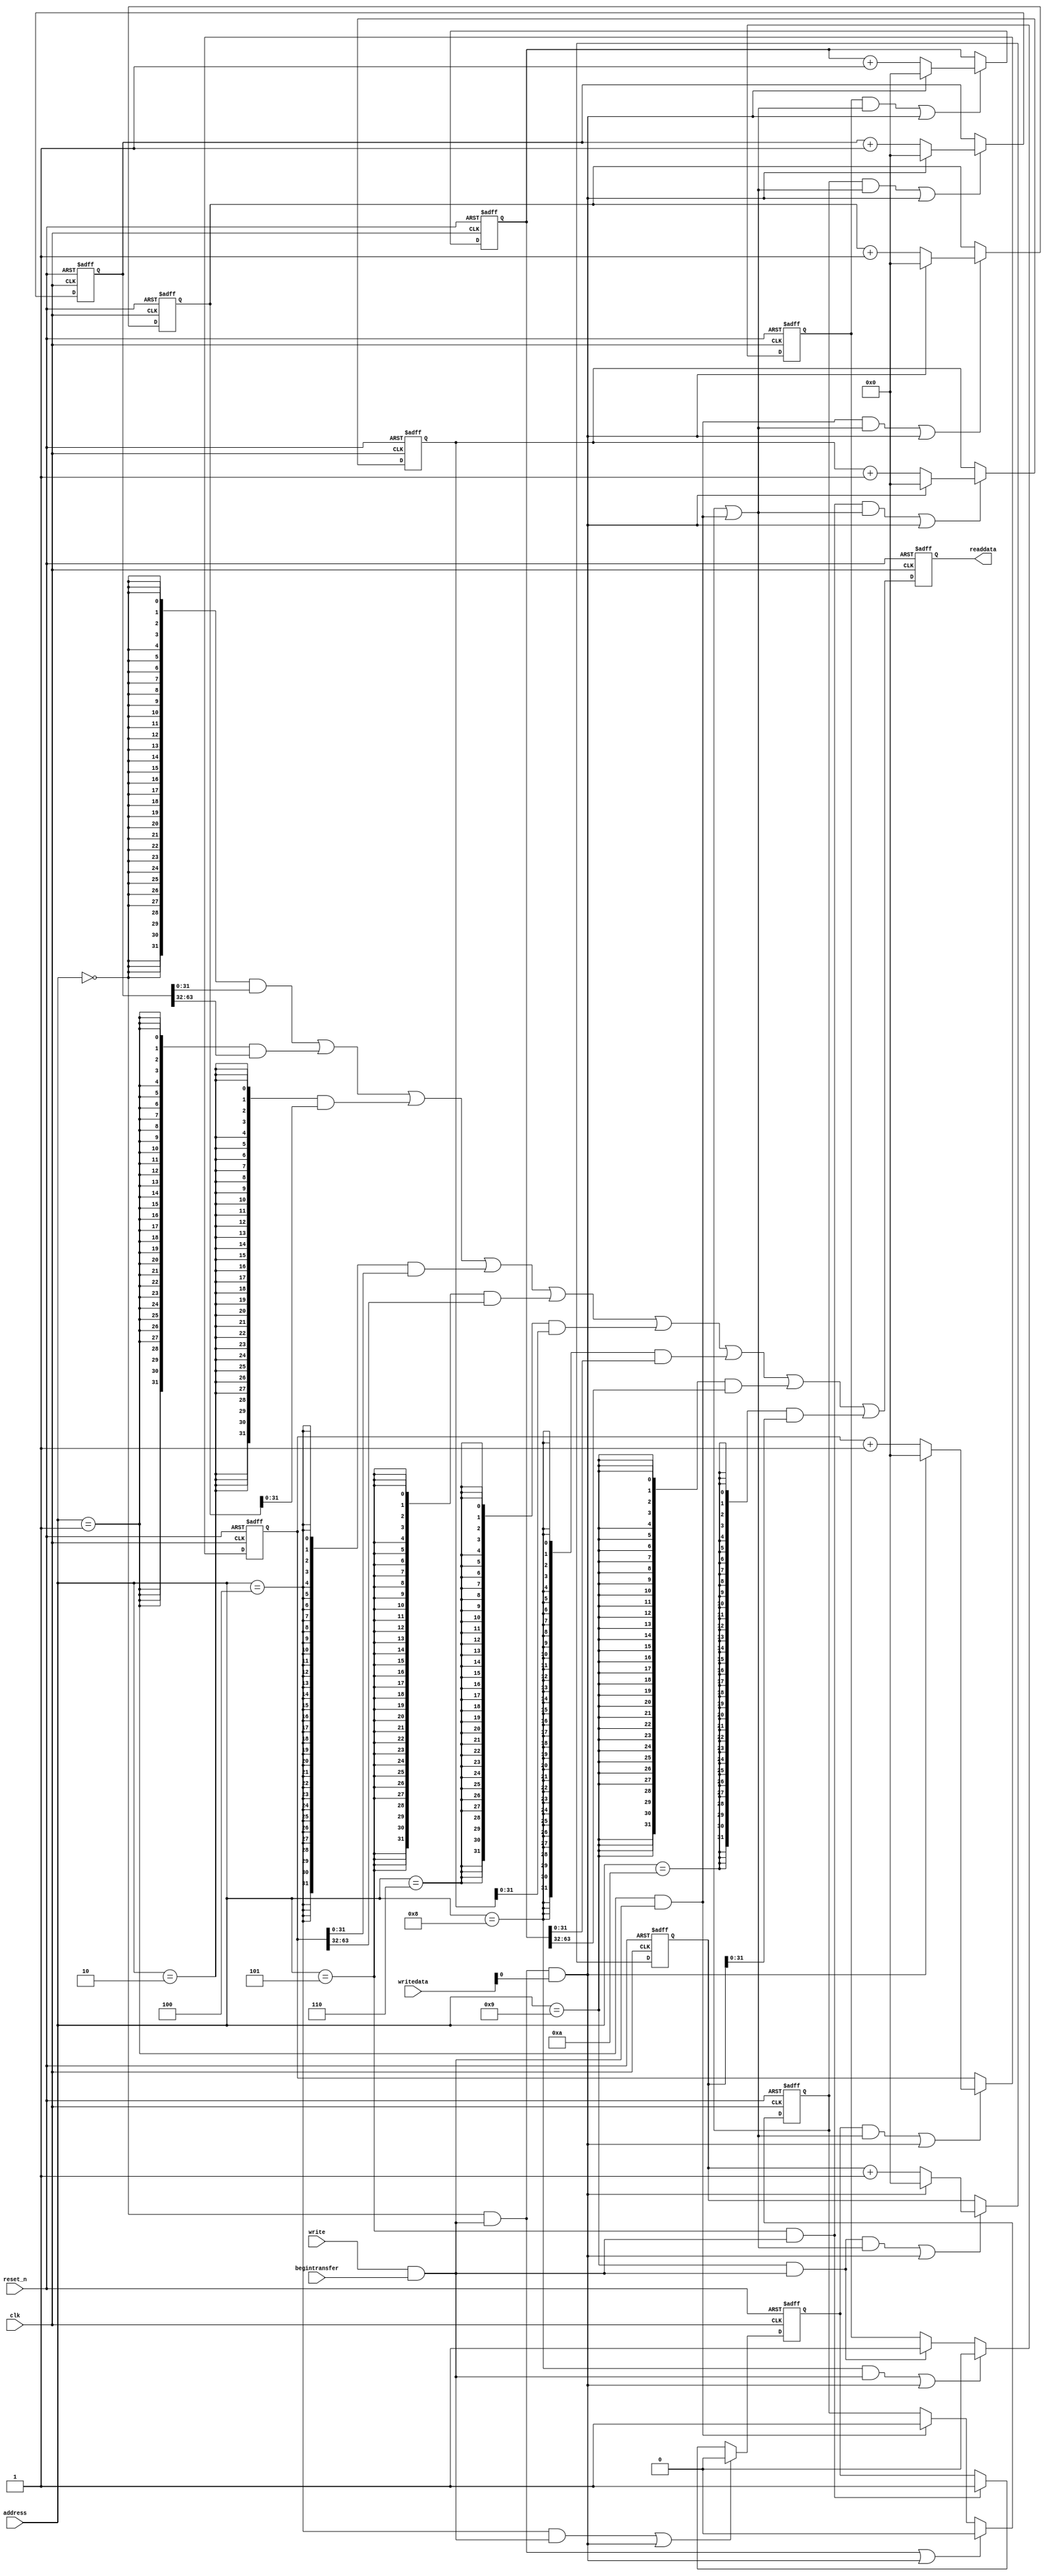
//Legal Notice: (C)2021 Altera Corporation. All rights reserved.  Your
//use of Altera Corporation's design tools, logic functions and other
//software and tools, and its AMPP partner logic functions, and any
//output files any of the foregoing (including device programming or
//simulation files), and any associated documentation or information are
//expressly subject to the terms and conditions of the Altera Program
//License Subscription Agreement or other applicable license agreement,
//including, without limitation, that your use is for the sole purpose
//of programming logic devices manufactured by Altera and sold by Altera
//or its authorized distributors.  Please refer to the applicable
//agreement for further details.

// synthesis translate_off
`timescale 1ns / 1ps
// synthesis translate_on

// turn off superfluous verilog processor warnings 
// altera message_level Level1 
// altera message_off 10034 10035 10036 10037 10230 10240 10030 

module nios_system_performance_counter_0 (
                                           // inputs:
                                            address,
                                            begintransfer,
                                            clk,
                                            reset_n,
                                            write,
                                            writedata,

                                           // outputs:
                                            readdata
                                         )
;

  output  [ 31: 0] readdata;
  input   [  3: 0] address;
  input            begintransfer;
  input            clk;
  input            reset_n;
  input            write;
  input   [ 31: 0] writedata;


wire             clk_en;
reg     [ 63: 0] event_counter_0;
reg     [ 63: 0] event_counter_1;
reg     [ 63: 0] event_counter_2;
wire             global_enable;
wire             global_reset;
wire             go_strobe_0;
wire             go_strobe_1;
wire             go_strobe_2;
wire    [ 31: 0] read_mux_out;
reg     [ 31: 0] readdata;
wire             stop_strobe_0;
wire             stop_strobe_1;
wire             stop_strobe_2;
reg     [ 63: 0] time_counter_0;
reg     [ 63: 0] time_counter_1;
reg     [ 63: 0] time_counter_2;
reg              time_counter_enable_0;
reg              time_counter_enable_1;
reg              time_counter_enable_2;
wire             write_strobe;
  //control_slave, which is an e_avalon_slave
  assign clk_en = -1;
  assign write_strobe = write & begintransfer;
  always @(posedge clk or negedge reset_n)
    begin
      if (reset_n == 0)
          time_counter_0 <= 0;
      else if ((time_counter_enable_0 & global_enable) | global_reset)
          if (global_reset)
              time_counter_0 <= 0;
          else 
            time_counter_0 <= time_counter_0 + 1;
    end


  always @(posedge clk or negedge reset_n)
    begin
      if (reset_n == 0)
          event_counter_0 <= 0;
      else if ((go_strobe_0 & global_enable) | global_reset)
          if (global_reset)
              event_counter_0 <= 0;
          else 
            event_counter_0 <= event_counter_0 + 1;
    end


  assign stop_strobe_0 = (address == 0) && write_strobe;
  assign go_strobe_0 = (address == 1) && write_strobe;
  always @(posedge clk or negedge reset_n)
    begin
      if (reset_n == 0)
          time_counter_enable_0 <= 0;
      else if (clk_en)
          if (stop_strobe_0 | global_reset)
              time_counter_enable_0 <= 0;
          else if (go_strobe_0)
              time_counter_enable_0 <= -1;
    end


  assign global_enable = time_counter_enable_0 | go_strobe_0;
  assign global_reset = stop_strobe_0 && writedata[0];
  always @(posedge clk or negedge reset_n)
    begin
      if (reset_n == 0)
          time_counter_1 <= 0;
      else if ((time_counter_enable_1 & global_enable) | global_reset)
          if (global_reset)
              time_counter_1 <= 0;
          else 
            time_counter_1 <= time_counter_1 + 1;
    end


  always @(posedge clk or negedge reset_n)
    begin
      if (reset_n == 0)
          event_counter_1 <= 0;
      else if ((go_strobe_1 & global_enable) | global_reset)
          if (global_reset)
              event_counter_1 <= 0;
          else 
            event_counter_1 <= event_counter_1 + 1;
    end


  assign stop_strobe_1 = (address == 4) && write_strobe;
  assign go_strobe_1 = (address == 5) && write_strobe;
  always @(posedge clk or negedge reset_n)
    begin
      if (reset_n == 0)
          time_counter_enable_1 <= 0;
      else if (clk_en)
          if (stop_strobe_1 | global_reset)
              time_counter_enable_1 <= 0;
          else if (go_strobe_1)
              time_counter_enable_1 <= -1;
    end


  always @(posedge clk or negedge reset_n)
    begin
      if (reset_n == 0)
          time_counter_2 <= 0;
      else if ((time_counter_enable_2 & global_enable) | global_reset)
          if (global_reset)
              time_counter_2 <= 0;
          else 
            time_counter_2 <= time_counter_2 + 1;
    end


  always @(posedge clk or negedge reset_n)
    begin
      if (reset_n == 0)
          event_counter_2 <= 0;
      else if ((go_strobe_2 & global_enable) | global_reset)
          if (global_reset)
              event_counter_2 <= 0;
          else 
            event_counter_2 <= event_counter_2 + 1;
    end


  assign stop_strobe_2 = (address == 8) && write_strobe;
  assign go_strobe_2 = (address == 9) && write_strobe;
  always @(posedge clk or negedge reset_n)
    begin
      if (reset_n == 0)
          time_counter_enable_2 <= 0;
      else if (clk_en)
          if (stop_strobe_2 | global_reset)
              time_counter_enable_2 <= 0;
          else if (go_strobe_2)
              time_counter_enable_2 <= -1;
    end


  assign read_mux_out = ({32 {(address == 0)}} & time_counter_0[31 : 0]) |
    ({32 {(address == 1)}} & time_counter_0[63 : 32]) |
    ({32 {(address == 2)}} & event_counter_0) |
    ({32 {(address == 4)}} & time_counter_1[31 : 0]) |
    ({32 {(address == 5)}} & time_counter_1[63 : 32]) |
    ({32 {(address == 6)}} & event_counter_1) |
    ({32 {(address == 8)}} & time_counter_2[31 : 0]) |
    ({32 {(address == 9)}} & time_counter_2[63 : 32]) |
    ({32 {(address == 10)}} & event_counter_2);

  always @(posedge clk or negedge reset_n)
    begin
      if (reset_n == 0)
          readdata <= 0;
      else if (clk_en)
          readdata <= read_mux_out;
    end



endmodule